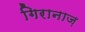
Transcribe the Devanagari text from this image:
गिरानाज़